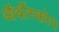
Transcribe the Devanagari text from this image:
ऑर्थ्रोस्कोप